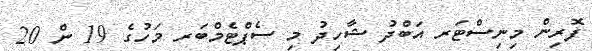
ފޮރިން މިނިސްޓަރ އަބްދު ޝާހިދު މި ސެޕްޓެމްބަރ މަހުގެ 19 ން 20